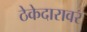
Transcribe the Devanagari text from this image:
ठेकेदारावर